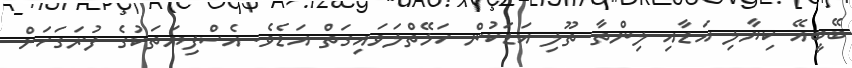
ބޭބީއޭ ކިޔާލި އަޑާއި ލިންތާ ތޫލި އަޑަކުން ހަޅޭތްލަވައިގަތް އަޑެވެ. އެސްފިޔަތަކުގެ ފުރަގަހަށް